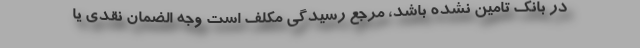
در بانک تامین نشده باشد، مرجع رسیدگی مکلف است وجه الضمان نقدی یا